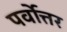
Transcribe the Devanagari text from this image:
पर्वोत्तर